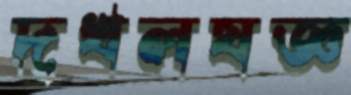
দখলযজ্ঞ